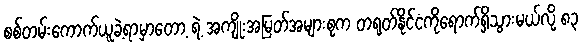
စစ်တမ်းကောက်ယူခဲ့ရာမှာတော့ ရဲ့ အကျိုးအမြတ်အများစုက တရုတ်နိုင်ငံကိုရောက်ရှိသွားမယ်လို့ ၈၃